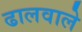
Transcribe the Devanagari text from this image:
ढालवाले